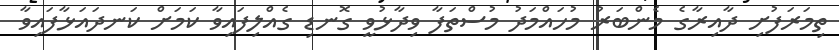
ތިމަރަފުށި ދާއިރާގެ މެންބަރު މުހައްމަދު މުސްތަފާ ވިދާޅުވީ ގޮނޑި ގެއްލިފައިވާ ކަމަށް ކަނދައަޅާފައިވާ